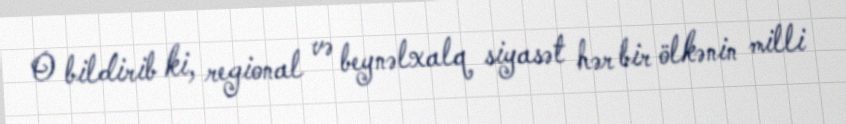
O bildirib ki, regional və beynəlxalq siyasət hər bir ölkənin milli